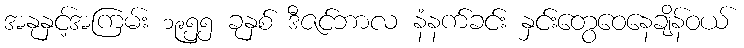
အနုနှင့်အကြမ်း ၁၉၅၅ ခုနှစ် ဒီဇင်ဘာလ နံနက်ခင်း နှင်းတွေဝေနေချိန်ဝယ်